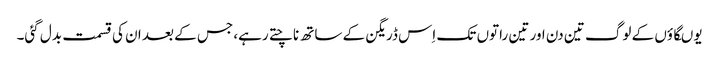
یوںگاؤں کے لوگ تین دن اور تین راتوں تک اِس ڈریگن کے ساتھ ناچتے رہے، جس کے بعد ان کی قسمت بدل گئی۔